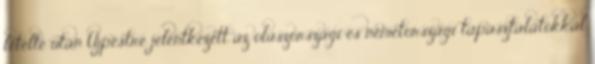
letelte után Újpestre jelentkezett az olaszországi és németországi tapasztalatokkal